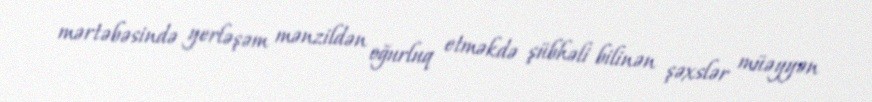
mərtəbəsində yerləşəm mənzildən oğurluq etməkdə şübhəli bilinən şəxslər müəyyən